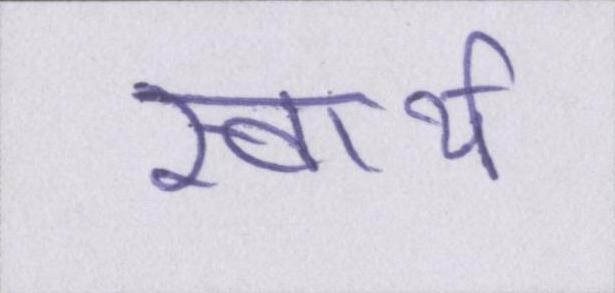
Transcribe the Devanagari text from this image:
स्वार्थ